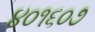
૪૦૧૬૦૭